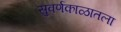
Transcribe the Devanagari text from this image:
सुवर्णकाळातला